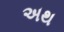
અથ